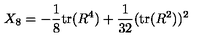
X _ { 8 } = - \frac { 1 } { 8 } \mathrm { t r } ( R ^ { 4 } ) + \frac { 1 } { 3 2 } ( \mathrm { t r } ( R ^ { 2 } ) ) ^ { 2 }